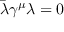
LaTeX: \bar { \lambda } \gamma ^ { \mu } \lambda = 0